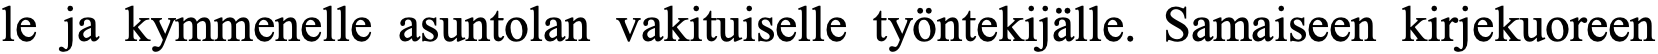
le ja kymmenelle asuntolan vakituiselle työntekijälle. Samaiseen kirjekuoreen